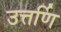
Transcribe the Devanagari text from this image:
उत्तर्णि